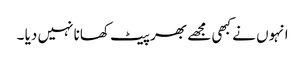
انہوں نے کبھی مجھے بھر پیٹ کھانا نہیں دیا ۔